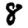
Digit: 8